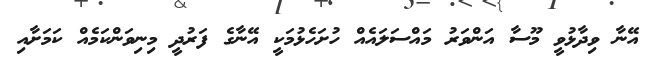
އޭނާ ވިދާޅުވީ މޫސާ އަންވަރު މައްސަލައެއް ހުށަހެޅުމަކީ އޭނާގެ ފަރުދީ މިނިވަންކަމެއް ކަމަށާއި